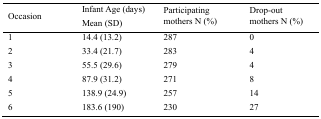
<table><thead><tr><td><b>Occasion</b></td><td><b>Infant Age (days) Mean (SD)</b></td><td><b>Participating mothers N (%)</b></td><td><b>Drop-out mothers N (%)</b></td></tr></thead><tbody><tr><td>1</td><td>14.4 (13.2)</td><td>287</td><td>0</td></tr><tr><td>2</td><td>33.4 (21.7)</td><td>283</td><td>4</td></tr><tr><td>3</td><td>55.5 (29.6)</td><td>279</td><td>4</td></tr><tr><td>4</td><td>87.9 (31.2)</td><td>271</td><td>8</td></tr><tr><td>5</td><td>138.9 (24.9)</td><td>257</td><td>14</td></tr><tr><td>6</td><td>183.6 (190)</td><td>230</td><td>27</td></tr></tbody></table>